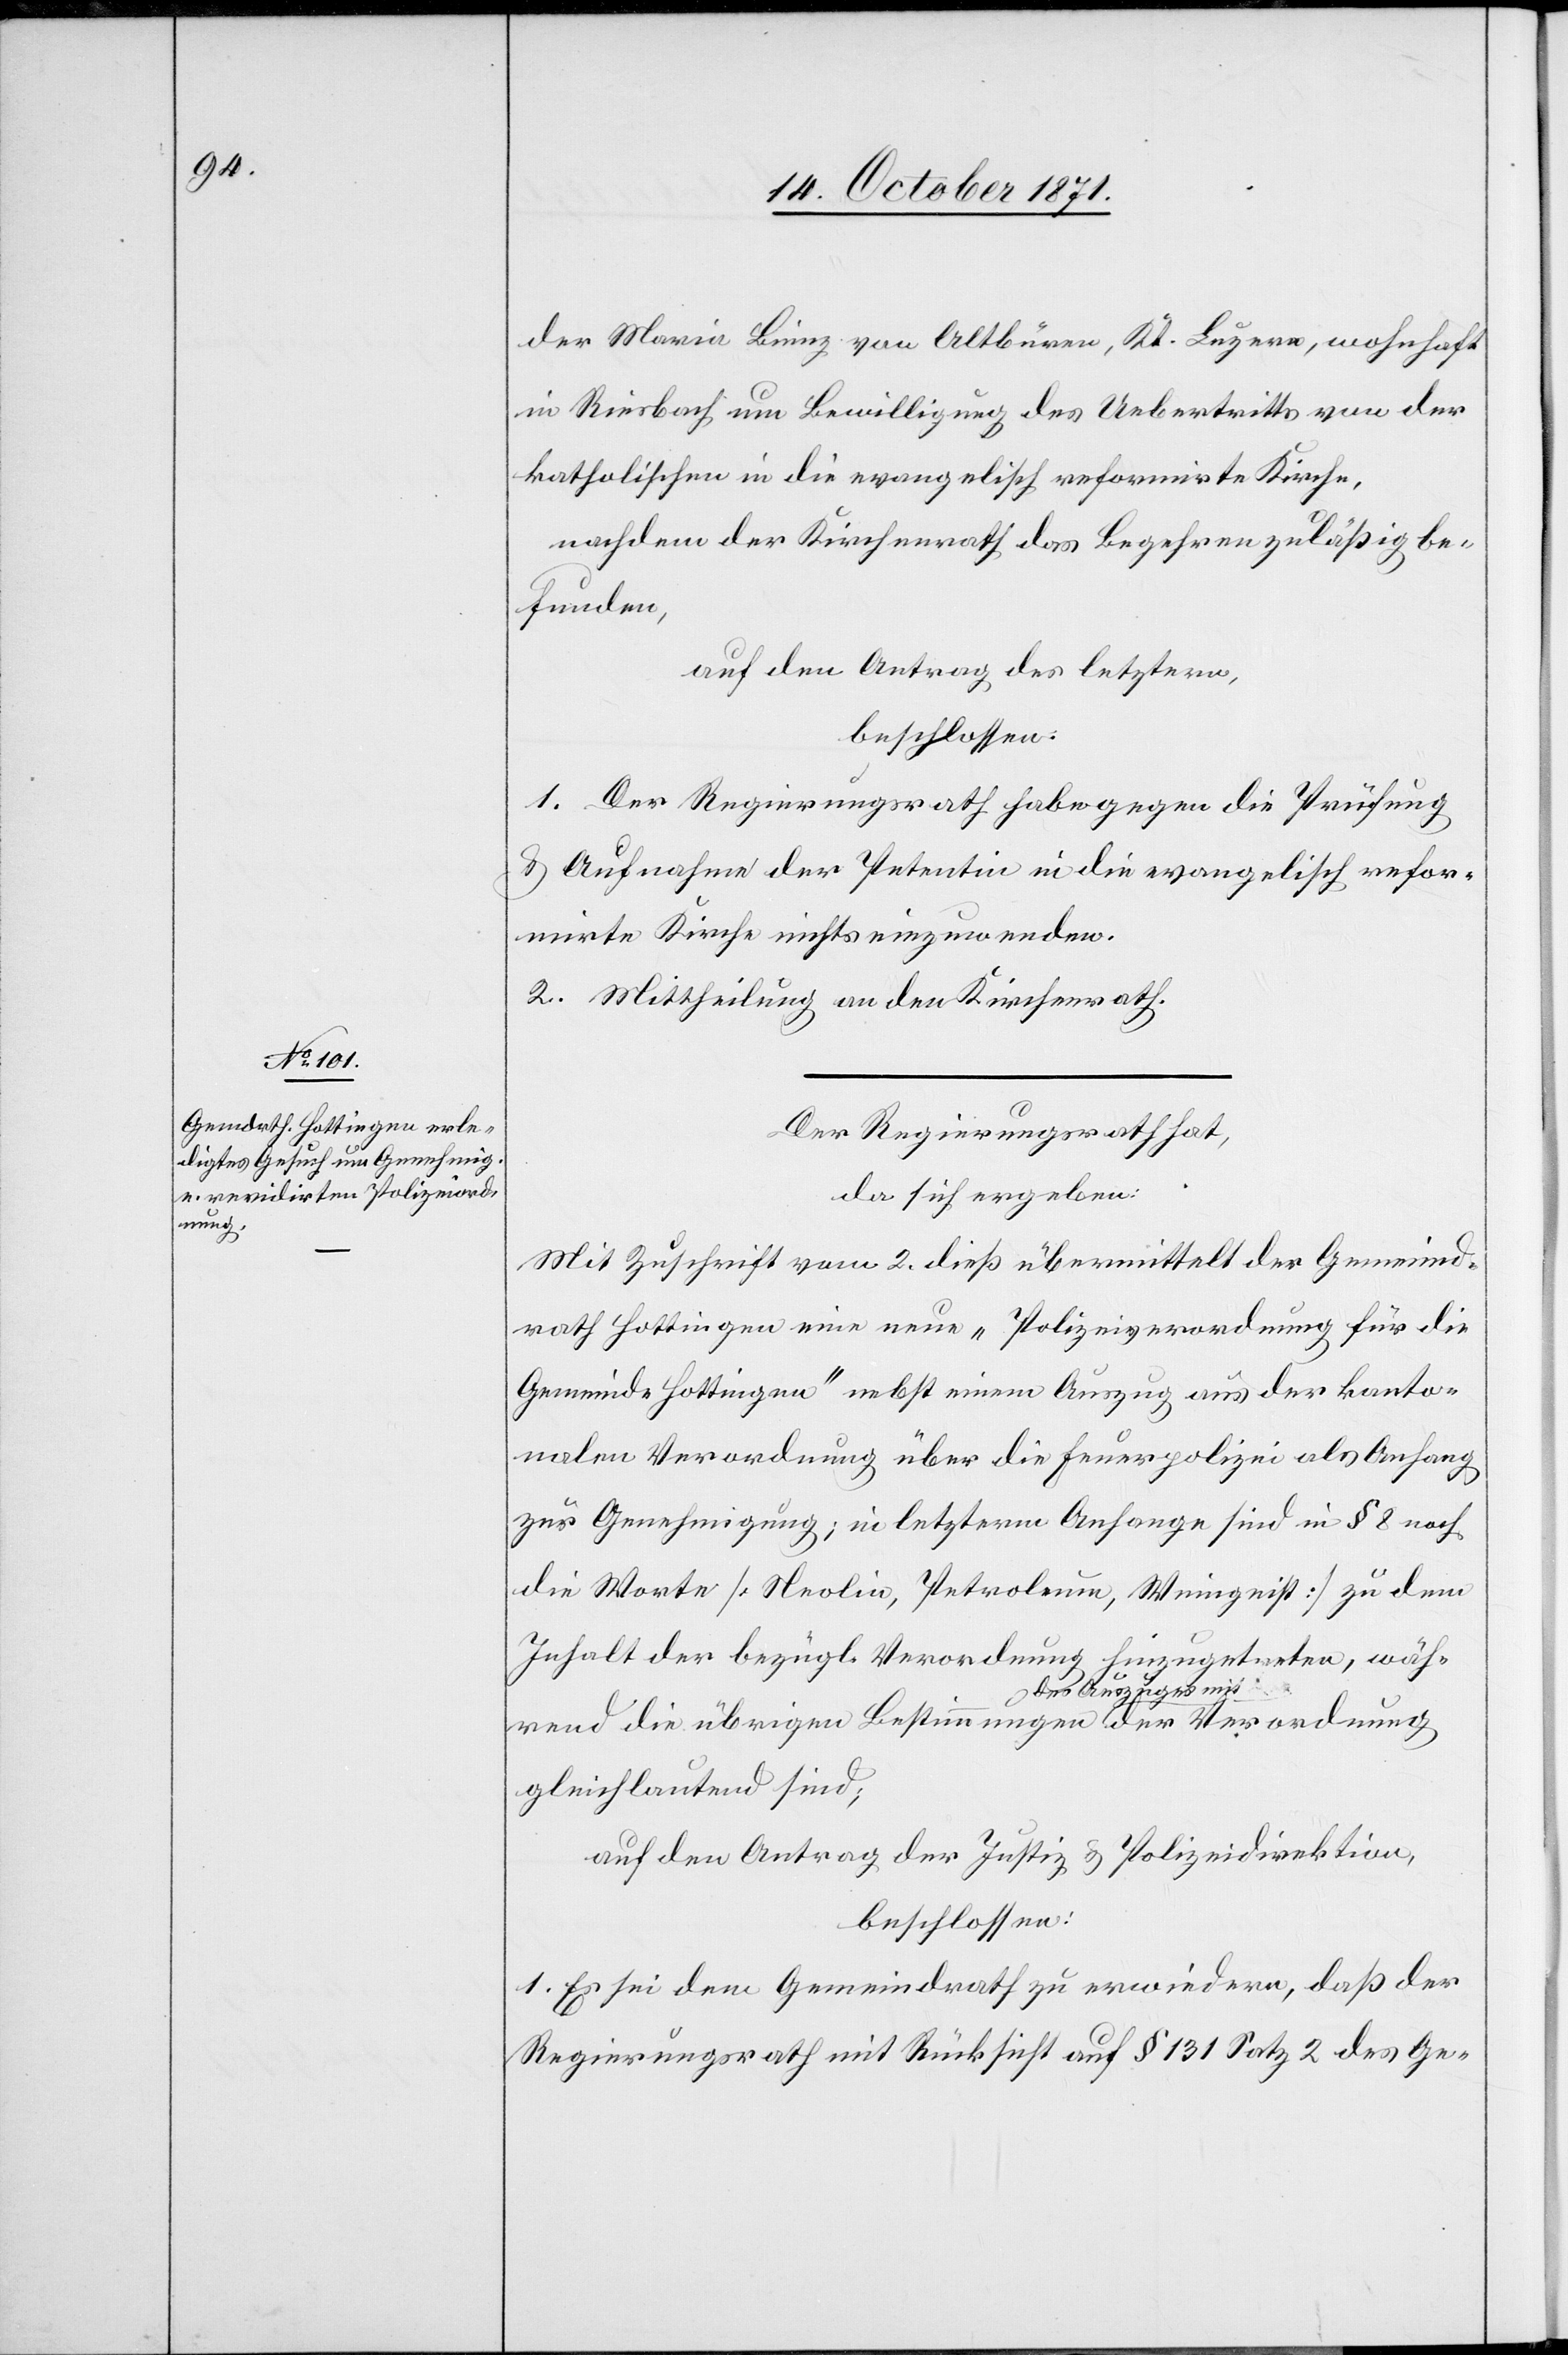
der Maria Binz von Altbüren, Kt. Luzern, wohnhaft
in Riesbach um Bewilligung des Uebertritts von der
katholischen in die evangelisch reformirte Kirche,
nachdem der Kirchenrath das Begehren zulässig be¬
funden,
auf den Antrag der letztern,
beschlossen:
1. Der Regierungsrath habe gegen die Prüfung
& Aufnahme der Petentin in die evangelisch refor¬
mirte Kirche nichts einzuwenden.
2. Mittheilung an den Kirchenrath.
dnung
Der Regierungsrath hat,
da sich ergeben:
Mit Zuschrift vom 2. dieß übermittelt der Gemeind¬
rath Hottingen eine neue „Polizeiordnung für die
Gemeinde Hottingen“ nebst einem Auszug aus der kanto¬
nalen Verordnung über die Feuerpolizei als Anfang
zur Genehmigung; in letzterm Anhange sind in § 8 noch
die Worte [Neolin, Petroleum, Weingeist] zu dem
Inhalt der bezügl. Verordnung hinzugetreten, wäh¬
rend die übrigen Bestimmungen des Auszuges
gleichlautend sind;
auf den Antrag der Justiz[-] & Polizeidirektion,
beschlossen:
1. Es sei dem Gemeindrath zu erwiedern, daß der
Regierungsrath mit Rücksicht auf § 131 Satz 2 des Ge-